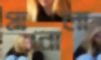
গ্রানোলা